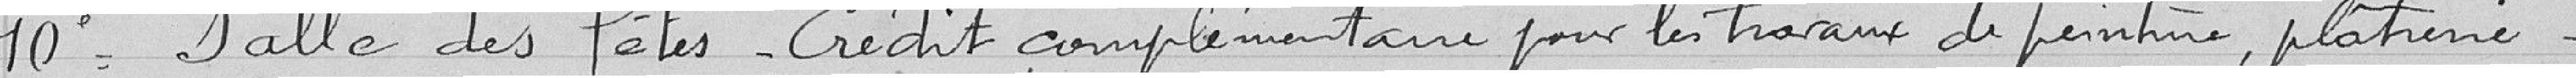
10° Salle des fêtes - Crédit complémentaire pour les travaux de peinture, plâtrerie.